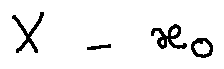
X - x _ { 0 }